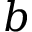
b